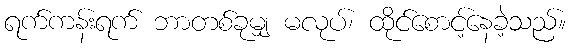
ရက်ကန်းရက် ဘာတစ်ခုမျှ မလုပ်၊ ထိုင်စောင့်နေခဲ့သည်။